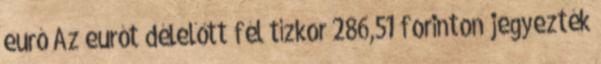
euró Az eurót délelőtt fél tízkor 286,51 forinton jegyezték